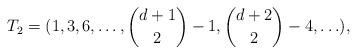
LaTeX: \begin{align*}T_2 = (1,3,6,\ldots,\binom{d+1}{2}-1,\binom{d+2}{2}-4,\ldots),\end{align*}